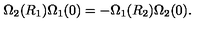
\Omega _ { 2 } ( R _ { 1 } ) \Omega _ { 1 } ( 0 ) = - \Omega _ { 1 } ( R _ { 2 } ) \Omega _ { 2 } ( 0 ) .